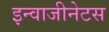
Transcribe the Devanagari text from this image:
इन्वाजीनेटस